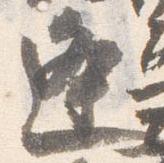
逢